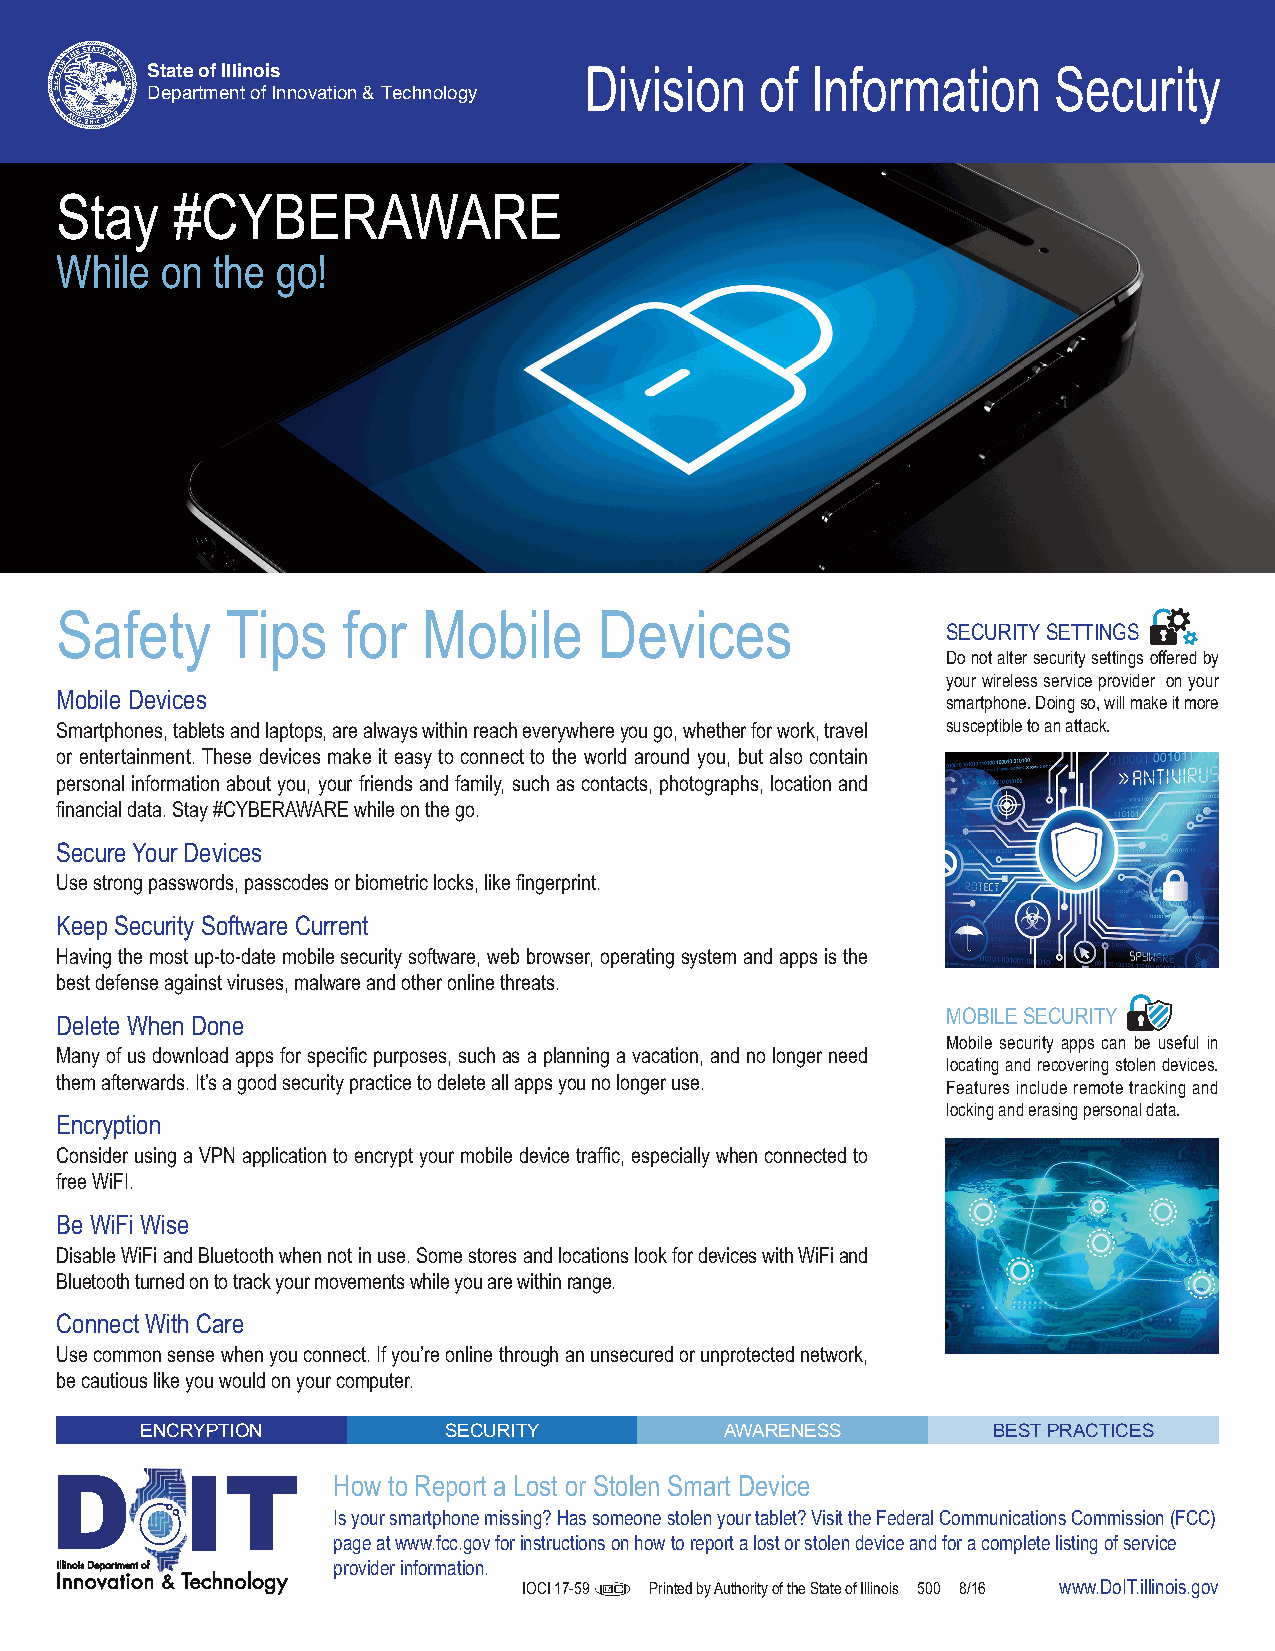
State of Illinois
 Department of Innovation & Technology Division of Information Security
 Stay   #CYBERAWARE
 While  on the go!
 Safety     Tips    for  Mobile      Devices                SECURITY SETTINGS
 Do not alter security settings offered by
 your wireless service provider on your
 Mobile Devices                                             smartphone. Doing so, will make it more
 Smartphones, tablets and laptops, are always within reach everywhere you go, whether for work, travel susceptible to an attack.
 or entertainment. These devices make it easy to connect to the world around you, but also contain
 personal information about you, your friends and family, such as contacts, photographs, location and
 financial data. Stay #CYBERAWARE while on the go.
 Secure Your Devices
 Use strong passwords, passcodes or biometric locks, like fingerprint.
 Keep Security Software Current
 Having the most up-to-date mobile security software, web browser, operating system and apps is the
 best defense against viruses, malware and other online threats.
 MOBILE SECURITY
 Delete When Done
 Mobile security apps can be useful in
 Many of us download apps for specific purposes, such as a planning a vacation, and no longer need
 locating and recovering stolen devices.
 them afterwards. It’s a good security practice to delete all apps you no longer use. Features include remote tracking and
 locking and erasing personal data.
 Encryption
 Consider using a VPN application to encrypt your mobile device traffic, especially when connected to
 free WiFI.
 Be WiFi Wise
 Disable WiFi and Bluetooth when not in use. Some stores and locations look for devices with WiFi and
 Bluetooth turned on to track your movements while you are within range.
 Connect With Care
 Use common sense when you connect. If you’re online through an unsecured or unprotected network,
 be cautious like you would on your computer.
 ENCRYPTION          SECURITY           AWARENESS         BEST PRACTICES
 How to Report a Lost or Stolen Smart Device
 Is your smartphone missing? Has someone stolen your tablet? Visit the Federal Communications Commission (FCC)
 page at www.fcc.govfor instructions on how to report a lost or stolen device and for a complete listing of service
 IIIIllll nniinnoo nniiss ooDDee vvppaa aarrttmm ttee iinn oott oo nnff && TTeecchhnnoollooggyy provider information.
 IOCI 17-59 Printed by Authority of the State of Illinois 500 8/16 www.DoIT.illinois.gov